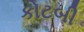
કોટબી